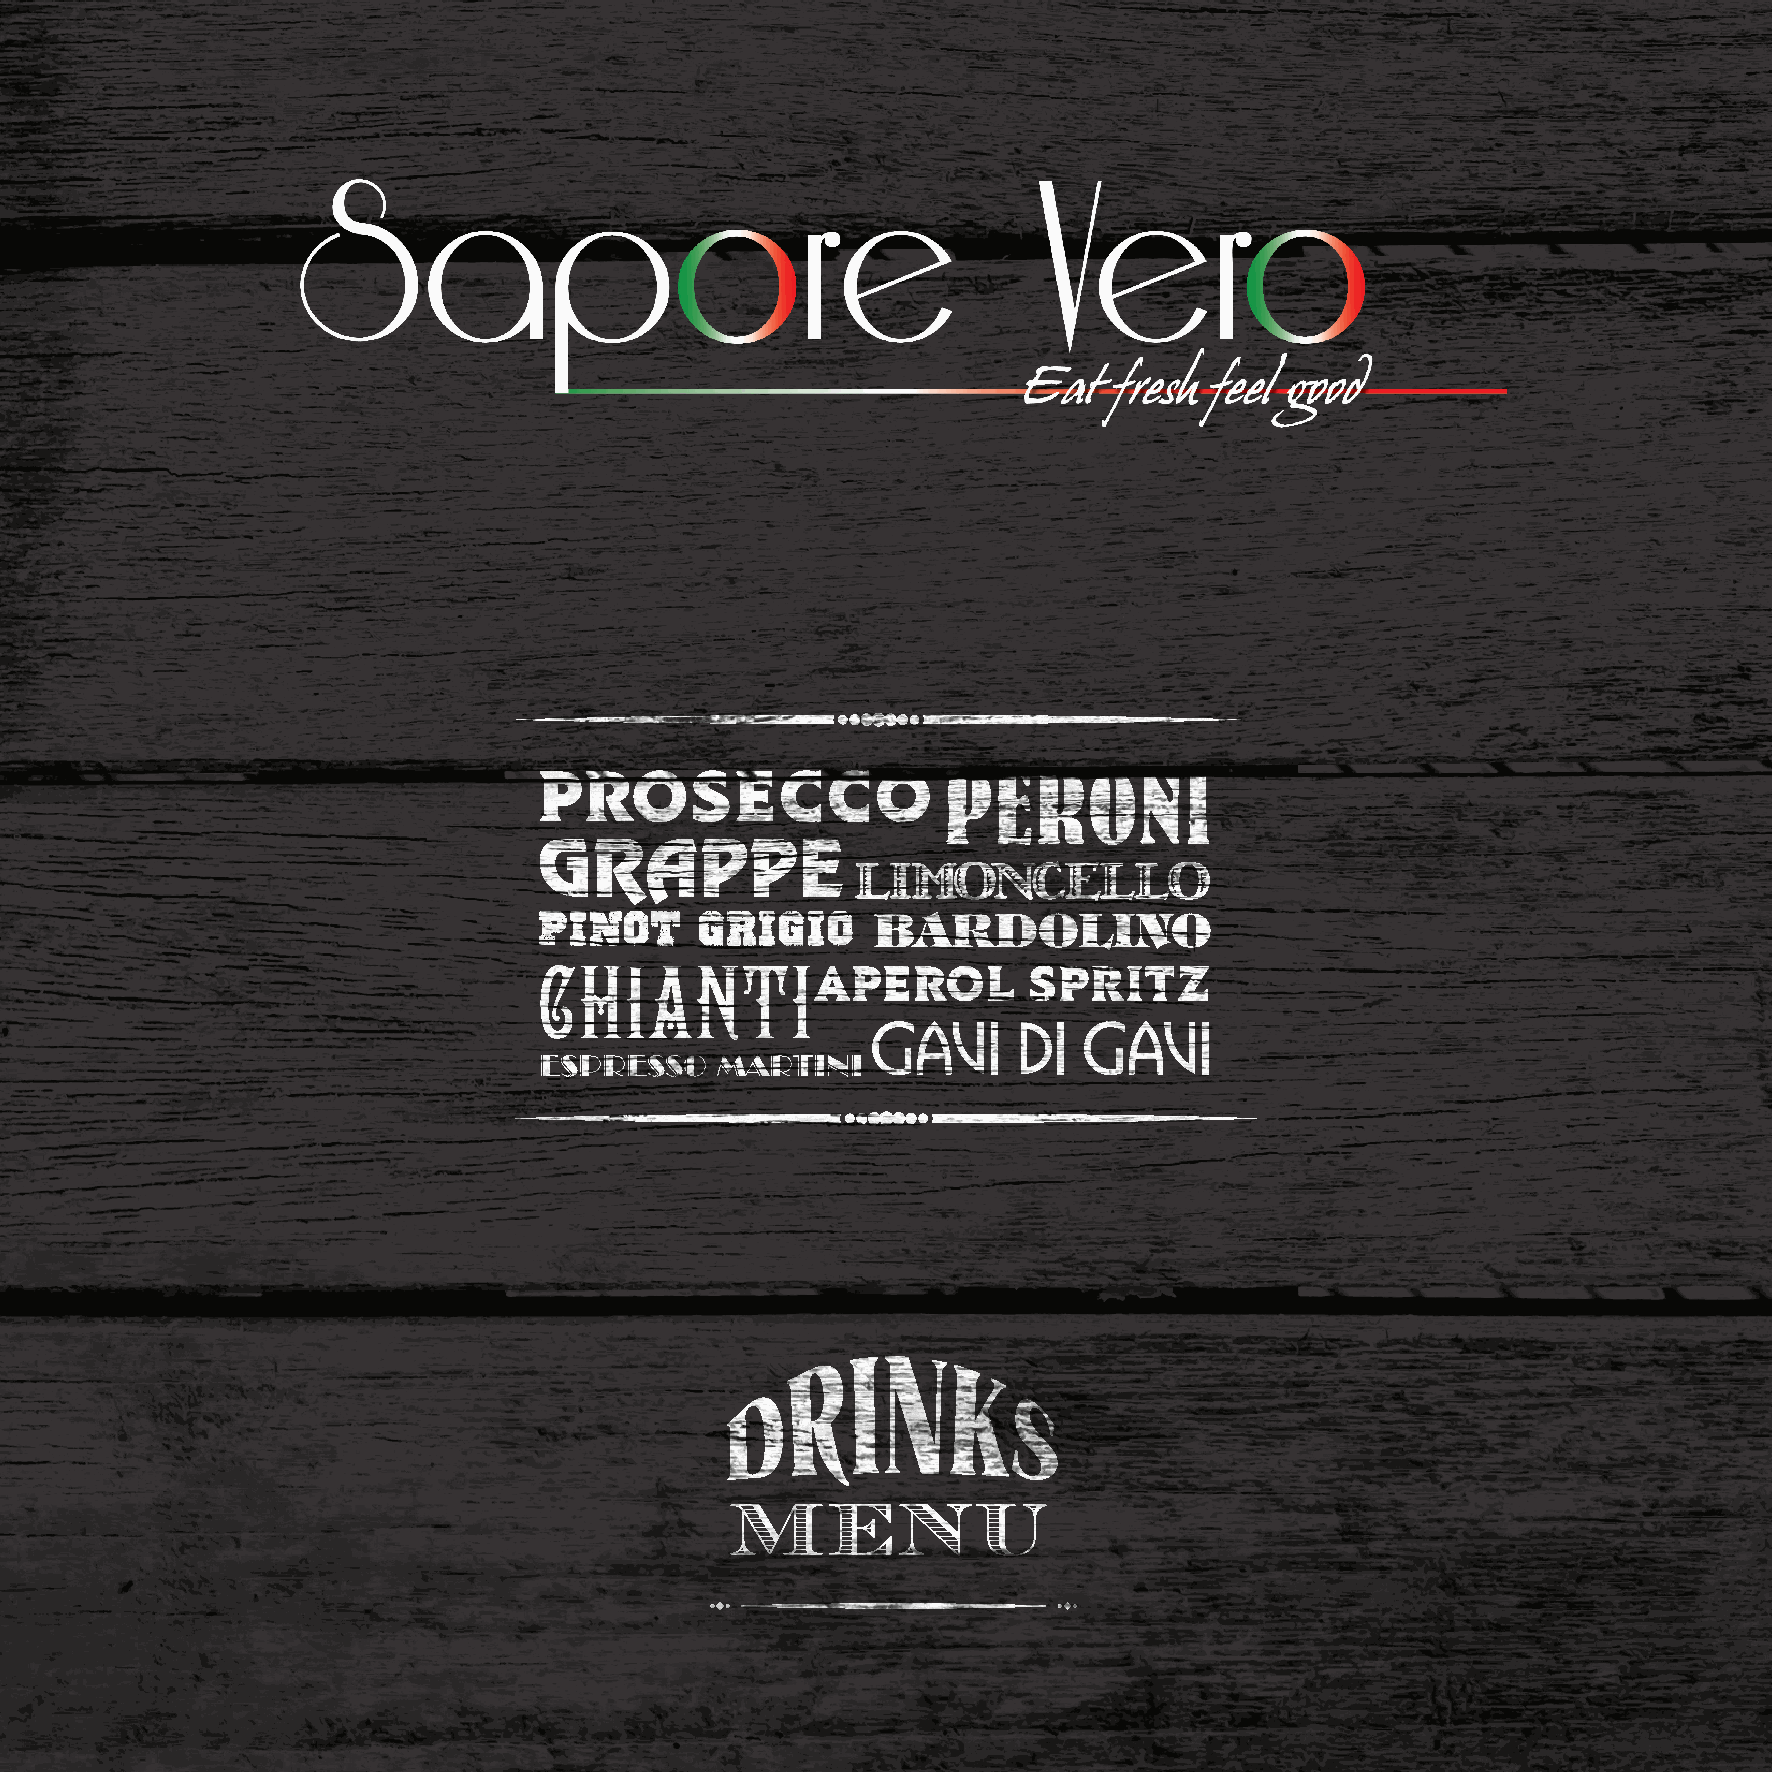
PROSECCO                  PERONI
 GRAPPE
 LIMONCELLO
 PINOT     GRIGIO      BARDOLINO
 APEROL        SPRITZ
 CHIANTI
 GAVI     di   GAVI
 ESPRESSO    MARTINI
 MENU